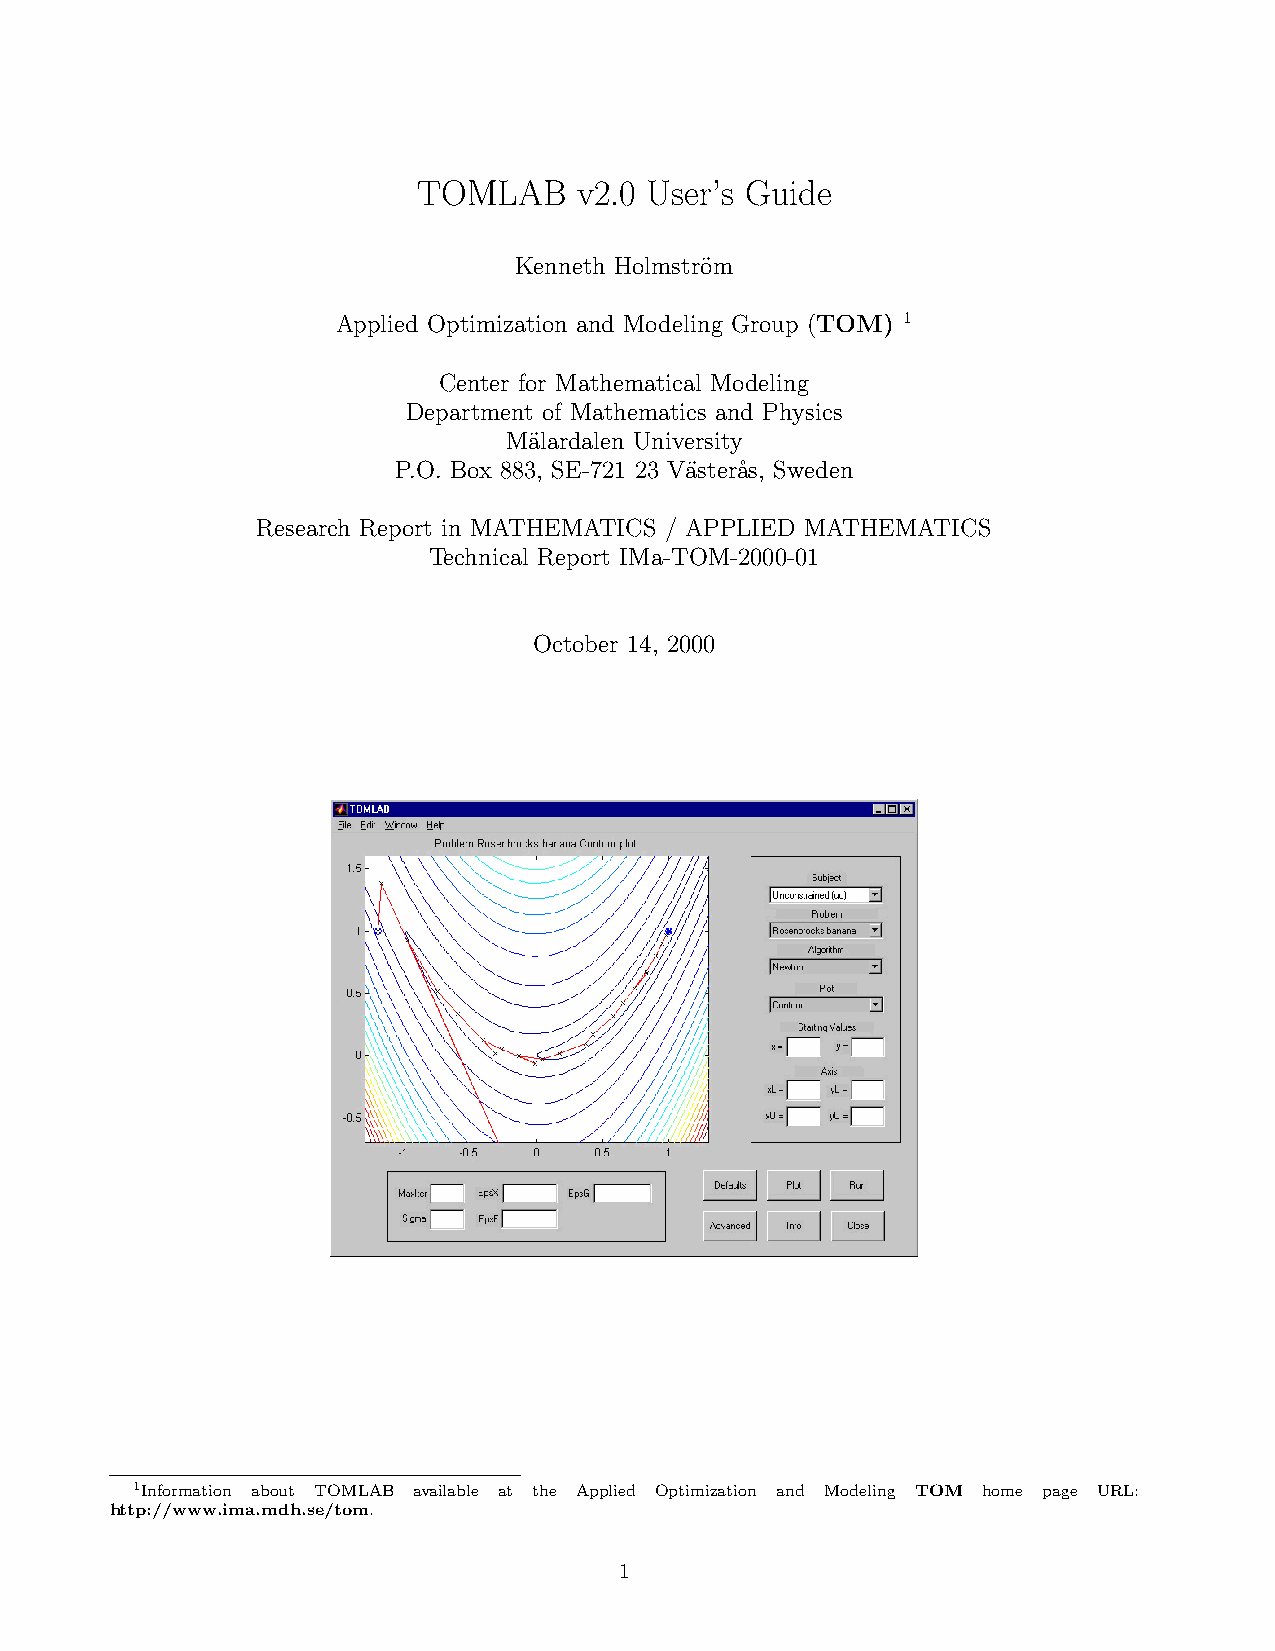
TOMLAB    v2.0 User’s Guide
 Kenneth Holmstr¨om
 Applied Optimization and Modeling Group (TOM) 1
 Center for Mathematical Modeling
 Department of Mathematics and Physics
 M¨alardalen University
 P.O. Box 883, SE-721 23 Va¨ster˚as, Sweden
 Research Report in MATHEMATICS / APPLIED MATHEMATICS
 Technical Report IMa-TOM-2000-01
 October 14, 2000
 1Information about TOMLAB available at the Applied Optimization and Modeling TOM home page URL:
 http://www.ima.mdh.se/tom.
 1